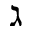
\gimel